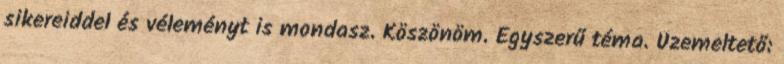
sikereiddel és véleményt is mondasz. Köszönöm. Egyszerű téma. Üzemeltető: